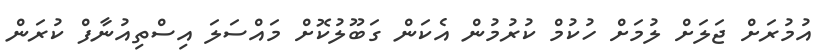
އުމުރަށް ޖަލަށް ލުމަށް ހުކުމް ކުރުމުން އެކަން ގަބޫލުކޮށް މައްސަލަ އިސްތިއުނާފް ކުރަން